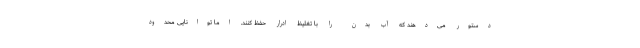
دستور می‌دهند که آب بدن را با تغلیظ ادرار حفظ کنند. اما توانایی محدود